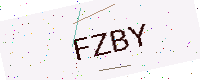
Text: FZBY